Civil Veterinary Dept. Assam report 1911-1927 - 1911-1927
Year: 1911
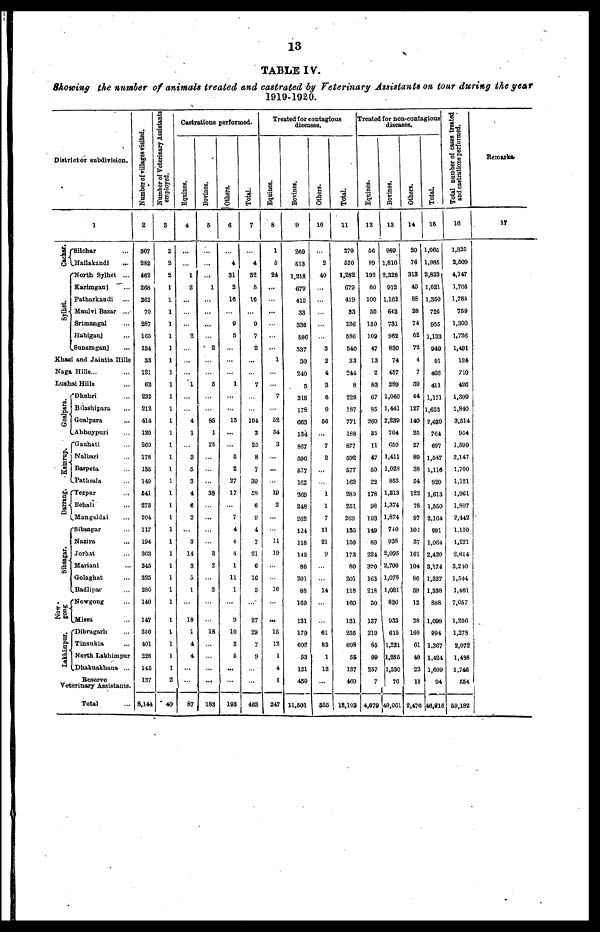
13
TABLE IV.
Showing the number of animals treated and castrated by Veterinary Assistants on tour during the year
1919-1920.
District or subdivision.
1
Cachar.
Sylliet.
Silchar
Hailakandi
...
North Sylhet ...
Karimganj
Patharkandi
Maulvi Bazar
...
Srimangal
Habiganj
Sunamganj
Khasi and Jaintia Hills
Naga Hills...
Lushai Hills
Goalpara.
Kamrup.
Darrang.
Sibsagar.
gong
Lakhimpur.
Dhubri
Bilashipara
Goalpara
Abhoypuri
"Gauhati
Nalbari
Barpeta
Pathsala
'Tezpur
Behali
Mangaldai
'Sibsagar
Nazira
Jorhat
Mariani
Golaghat
Badlipar
Nowgong
Missa
Dibrugarh
Tinsukia
North Lakhimpur
Dhakuakhana ...
Reserve
Total
Number of villages visited.
2
307
282
462
268
262
70
287
165
134
33
121
63
232
212
414
120
260
178
135
149
641
273
204
117
194
363
245
325
280
140
147
250
401
228
145
137
8,144
Number of Veterinary Assistants
employed.
3
2
2
2
1
1
1
1
1
1
1
1
1
1
1
1
1
1
1
1
1
1
1
1
1
1
1
1
1
1
1
1
1
1
1
1
2
40
Castrations performed.
Equines.
4
...
...
1
2
2
...
1
4
1
3
5
3
4
6
2
...
3
14
3
5
1
18
1
4
4
...
87
Bovines.
5
...
1
2
5
85
1
25
38
...
3
2
3
18
...
...
183
Others.
6
4
31
2
16
9
5
...
1
...
15
...
...
6
2
27
17
7
4
4
4
1
11
1
...
9
10
3
5
...
193
Total.
7
4
32
5
16
9
7
2
...
7
...
104
2
25
8
7
30
59
6
9
4
7
21
6
16
5
27
29
7
9
463
Treated lor contagious
diseases.
Equines.
8
1
5
24
...
1
7
52
54
3
...
10
2
11
19
16
...
15
12
1
4
1
247
Bovines.
9
269
B13
1,218
679
419
33
338
586
337
30
240
5
215
178
663
134
807
590
577
162
269
248
262
121
118
145
80
201
88
169
131
179
603
53
121
459
11.501
Others.
10
2
40
3
2
4
3
6
9
56
...
7
2
1
1
7
11
21
9
14
61
83
1
12
355
Total.
11
270
520
1,282
679
419
83
336
586
540
33
244
8
228
187
771
188
877
592
677
162
289
251
269
135
150
173
80
201
118
169
131
255
698
55
137
460
12,103
Treated for non-contagious
diseases.
Equines.
12
56
99
192
60
100
55
150
109
47
13
2
83
67
85
260
35
11
47
50
22
178
98
193
149
89
224
370
163
218
50
137
219
85
99
257
7
4,079
Bovines.
13
989
1,810
2,328
912
1,162
643
731
962
830
74
457
289
1,060
1,441
2,239
704
659
1,411
1,028
853
1,313
1,374
1,874
740
938
2,095
2,700
1,078
1,081
826
933
1 615
1,221
1,285
1,330
76
40,061
Others.
14
20
76
313
49
88
28
74
62
72
4
7
39
44
127
140
25
27
89
38
54
122
78
97
102
37
101
104
86
39
12
28
160
61
40
22
11
2,476
Total.
15
1,065
1,985
2,833
1,021
1,350
726
955
1,133
949
91
466
411
1,171
1,653
2,639
764
607
1,547
1,116
929
1,613
1,550
2,164
091
1,064
2,420
3,174
1,327
1,338
888
1,098
994
1.367
1,424
1,609
94
46,616
T otal number of cases treated
and castrations performed.
16
1,335
2,509
4,147
1,705
1,785
759
1,300
1,726
1,491
124
710
426
1,399
1,840
3,514
954
1,599
2,147
1.700
1,121
1,961
1,807
2,442
1,130
1,221
2,614
3,250
1,544
1,461
7,057
1,256
1,278
2,072
1,498
1,746
554
59,182
Remarks
17